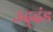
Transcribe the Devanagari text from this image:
उद्‌दंड